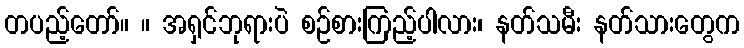
တပည့်တော်။ ။ အရှင်ဘုရားပဲ စဉ်စားကြည့်ပါလား၊ နတ်သမီး နတ်သားတွေက